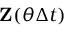
\mathbf { Z } ( \theta \Delta t )